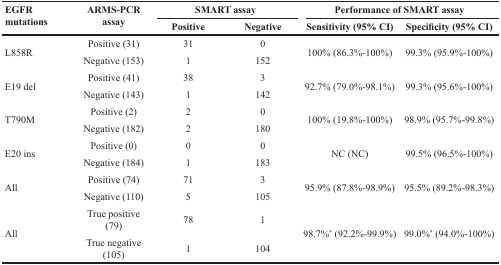
| <ROWSPAN=2> EGFR mutations | <ROWSPAN=2> ARMS-PCR assay | <COLSPAN=2> SMART assay | <COLSPAN=2> Performance of SMART assay |
 | Positive | Negative | Sensitivity (95% CI) | Specificity (95% CI) |
 | --- | --- | --- | --- | --- | --- |
 | <ROWSPAN=2> L858R | Positive (31) | 31 | 0 | <ROWSPAN=2> 100% (86.3%-100%) | <ROWSPAN=2> 99.3% (95.9%-100%) |
 | Negative (153) | 1 | 152 |
 | <ROWSPAN=2> E19 del | Positive (41) | 38 | 3 | <ROWSPAN=2> 92.7% (79.0%-98.1%) | <ROWSPAN=2> 99.3% (95.6%-100%) |
 | Negative (143) | 1 | 142 |
 | <ROWSPAN=2> T790M | Positive (2) | 2 | 0 | <ROWSPAN=2> 100% (19.8%-100%) | <ROWSPAN=2> 98.9% (95.7%-99.8%) |
 | Negative (182) | 2 | 180 |
 | <ROWSPAN=2> E20 ins | Positive (0) | 0 | 0 | <ROWSPAN=2> NC (NC) | <ROWSPAN=2> 99.5% (96.5%-100%) |
 | Negative (184) | 1 | 183 |
 | <ROWSPAN=2> All | Positive (74) | 71 | 3 | <ROWSPAN=2> 95.9% (87.8%-98.9%) | <ROWSPAN=2> 95.5% (89.2%-98.3%) |
 | Negative (110) | 5 | 105 |
 | <ROWSPAN=2> All | True positive (79) | 78 | 1 | <ROWSPAN=2> 98.7%* (92.2%-99.9%) | <ROWSPAN=2> 99.0%* (94.0%-100%) |
 | True negative (105) | 1 | 104 |